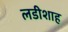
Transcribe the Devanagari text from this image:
लडीशाह